Scottish Leaving Certificate Examination, 1953
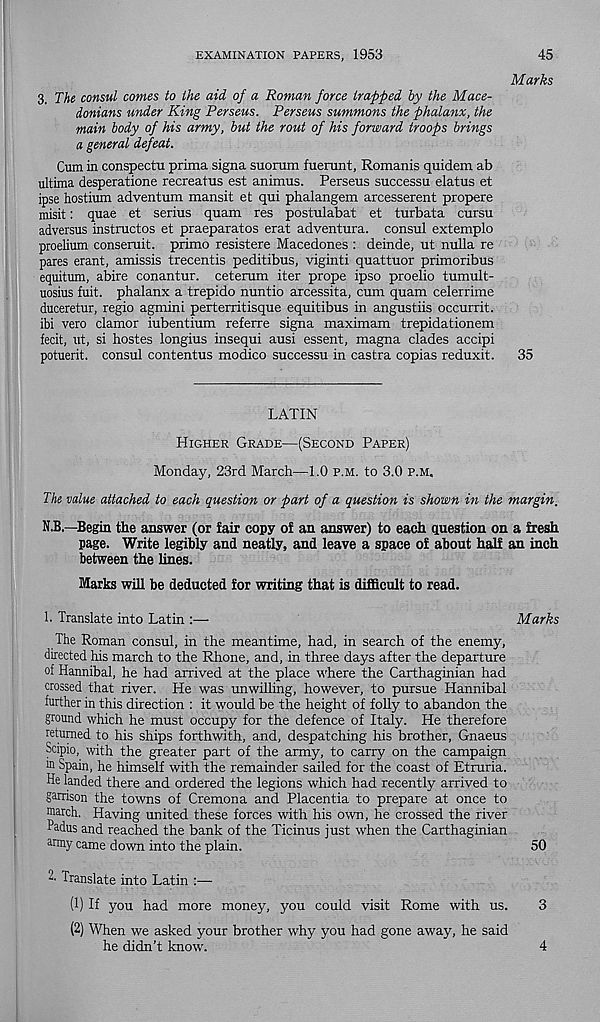
EXAMINATION PAPERS, 1953
45
Marks
3. The consul comes to the aid of a Roman force trapped by the Mace-
donians under King Perseus. Perseus summons the phalanx, the
main body of his army, but the rout of his forward troops brings
a general defeat.
Cum in conspectu prima signa suorum fuerunt, Romanis quidem ab
ultima desperatione recreatus est animus. Perseus successu elatus et
ipse hostium adventum mansit et qui phalangem arcesserent propere
misit: quae et serius quam res postulabat et turbata cursu
adversus instructos et praeparatos erat adventura. consul extemplo
proelium conseruit. primo resistere Macedones : deinde, ut nulla re
pares erant, amissis trecentis peditibus, viginti quattuor primoribus
equitum, abire conantur. ceterum iter prope ipso proelio tumult-
uosius fuit. phalanx a trepido nuntio arcessita, cum quam celerrime
duceretur, regio agmini perterritisque equitibus in angustiis occurrit.
ibi vero clamor iubentium referre signa maximam trepidationem
fecit, ut, si hostes longius insequi ausi essent, magna clades accipi
potuerit. consul contentus modico successu in castra copias reduxit. 35
LATIN
Higher Grade—(Second Paper)
Monday, 23rd March—1.0 p.m. to 3.0 p.m.
The value attached to each question or part of a question is shown in the margin.
N.B.—Begin the answer (or fair copy of an answer) to each question on a fresh
page. Write legibly and neatly, and leave a space of about half an inch
between the lines.
Marks will be deducted for writing that is difficult to read.
1. Translate into Latin :—
Marks
The Roman consul, in the meantime, had, in search of the enemy,
directed his march to the Rhone, and, in three days after the departure
of Hannibal, he had arrived at the place where the Carthaginian had
crossed that river. He was unwilling, however, to pursue Hannibal
further in this direction : it would be the height of folly to abandon the
ground which he must occupy for the defence of Italy. He therefore
returned to his ships forthwith, and, despatching his brother, Gnaeus
Scipio, with the greater part of the army, to carry on the campaign
in Spain, he himself with the remainder sailed for the coast of Etruria.
He landed there and ordered the legions which had recently arrived to
garrison the towns of Cremona and Placentia to prepare at once to
raarch. Having united these forces with his own, he crossed the river
Padus and reached the bank of the Ticinus just when the Carthaginian
army came down into the plain.
50
2' Translate into Latin :—
(1) If you had more money, you could visit Rome with us.
3
(2) When we asked your brother why you had gone away, he said
he didn’t know.
4